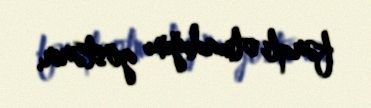
fərqli olmadığını göstərir.